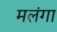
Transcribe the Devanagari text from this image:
मलंगा